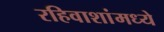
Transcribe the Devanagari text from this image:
रहिवाशांमध्ये